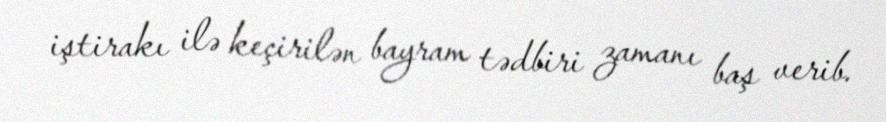
iştirakı ilə keçirilən bayram tədbiri zamanı baş verib.